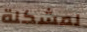
لمشكلة